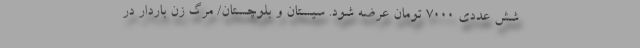
شش عددی ۷۰۰۰ تومان عرضه شود. سیستان و بلوچستان/ مرگ زن باردار در